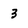
Character: 3